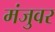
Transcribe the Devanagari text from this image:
मंजुवर